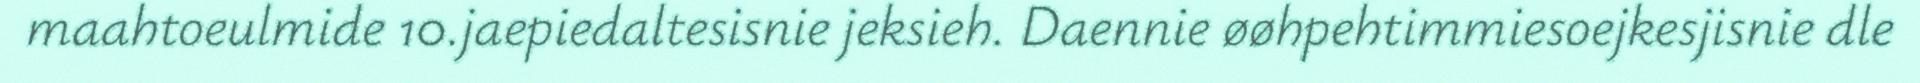
maahtoeulmide 10.jaepiedaltesisnie jeksieh. Daennie øøhpehtimmiesoejkesjisnie dle